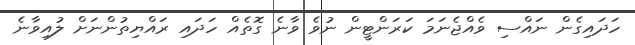
ހަދައިގެން ނައްސި ވެއްޖެނަމަ ކަރަންޓީން ނުވެ ވާނެ ގޮތެއް ހަދައި ރައްޔިތުންނަށް ލުއިވާނެ